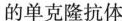
的单克隆抗体